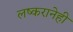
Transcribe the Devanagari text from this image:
लष्करानेही